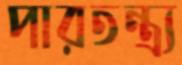
পারতন্ত্র্য